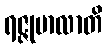
ရဇ္ဇုမာလာတိ